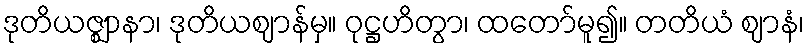
ဒုတိယဇ္ဈာနာ၊ ဒုတိယဈာန်မှ။ ဝုဋ္ဌဟိတွာ၊ ထတော်မူ၍။ တတိယံ ဈာနံ၊